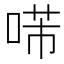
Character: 𠸔